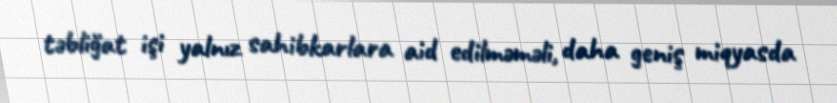
təbliğat işi yalnız sahibkarlara aid edilməməli, daha geniş miqyasda